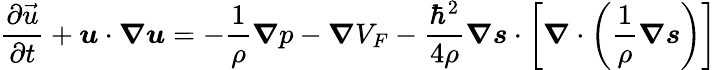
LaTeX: \frac{\partial\vec{u}}{\partial t}+\boldsymbol{u}\cdot\boldsymbol{\nabla}\boldsymbol{u}=-\frac{1}{\rho}\boldsymbol{\nabla}p-\boldsymbol{\nabla}V_{F}-\frac{{\hbar}^{2}}{4\rho}\boldsymbol{\nabla}\boldsymbol{s}\cdot\left[\boldsymbol{\nabla}\cdot\left(\frac{1}{\rho}\boldsymbol{\nabla}\boldsymbol{s}\right)\right]